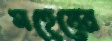
মহেষের